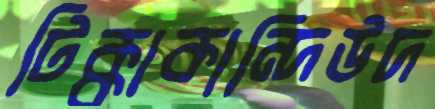
টিক্কাকান্দিউদ